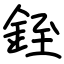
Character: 銍